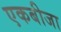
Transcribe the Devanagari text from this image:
एकबीजा